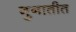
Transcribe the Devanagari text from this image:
गुनातीत